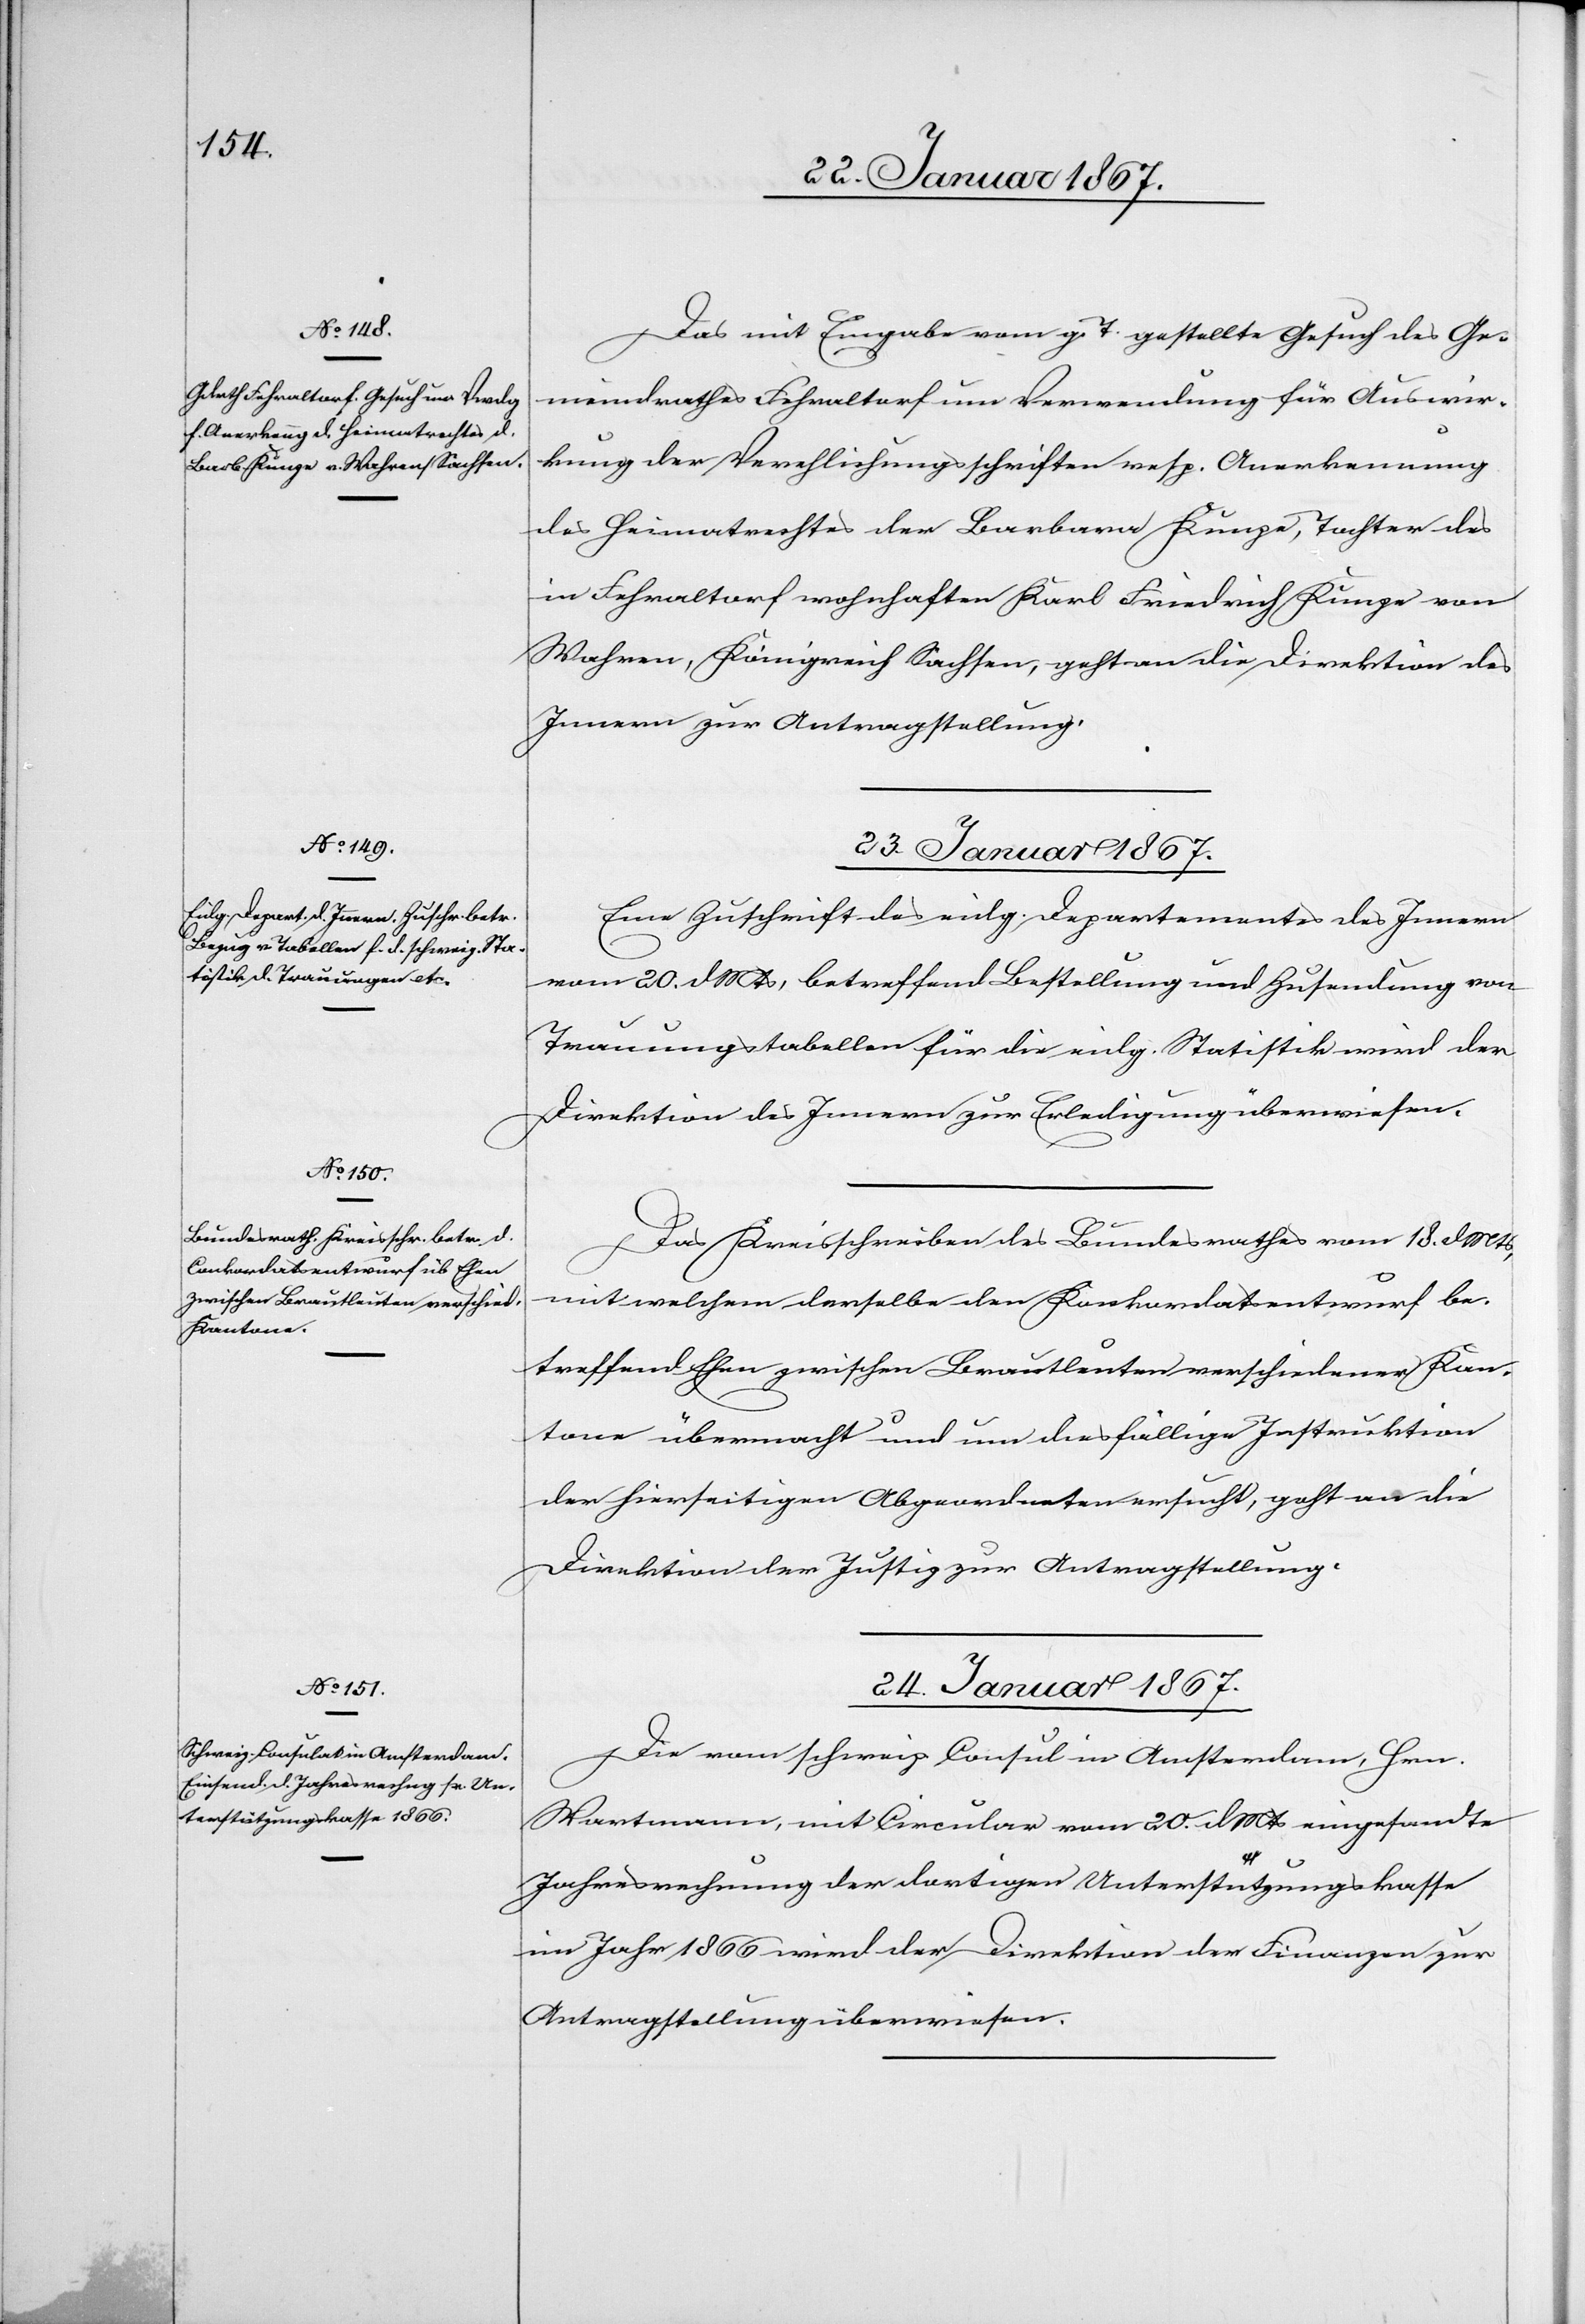
22. Januar 1867.]
Das mit Eingabe vom g. T. gestellte Gesuch des Ge¬
meinderathes Fehraltorf um Verwendung für Auswir¬
kung der Verehlichungsschriften resp. Anerkennung
des Heimatrechtes der Barbara Kunze, Tochter des
in Fehraltorf wohnhaften Kurt Friedrich Kunze von
Wahren, Königreich Sachsen, geht an die Direktion des
Innern zur Antragstellung.
23. Januar 1867.]
Eine Zuschrift des eidg. Departementes des Innern
vom 20. d. Mts betreffend Bestellung und Zusendung von
Trauungstabellen für die eidg. Statistik wird der
Direktion des Innern zur Erledigung überwiesen.
Das Kreisschreiben des Bundesrathes vom 18. d. Mts,
mit welchem derselbe den Konkordatsentwurf be¬
treffend Ehen zwischen Brautleuten verschiedener Kan¬
tone übermacht und um diesfällige Instruktion
der hieseitigen Abgeordneten ersucht, geht an die
Direktion der Justiz zur Antragstellung
24. Januar 1867
Die vom schweiz. Consul in Amsterdam, Herr
Hartmann, mit Circular vom 20. d. Mts eingesandte
Jahresrechnung der dortigen Unterstützungskasse
im Jahr 1866 wird der Direktion der Finanzen zur
Antragstellung überwiesen.